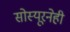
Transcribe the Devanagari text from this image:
सोस्यूरनेही